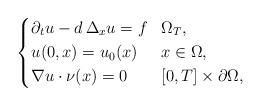
LaTeX: \begin{align*} \left\{ \begin{aligned} &\partial_t u - d \,\Delta_x u = f && \Omega_T, \\ &u(0,x) = u_0(x) && x \in \Omega, \\ &\nabla u \cdot \nu(x) = 0 && [0,T] \times \partial \Omega, \end{aligned} \right. \end{align*}